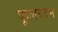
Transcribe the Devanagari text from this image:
फूलबदन